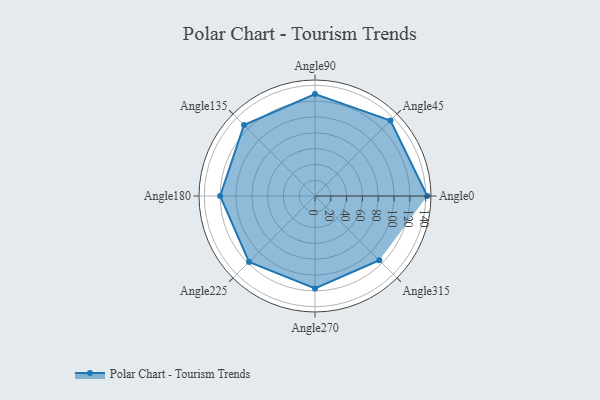
{"axis": {"x": "Angle", "y": "Radius"}, "legend": [""], "data": [{"x": "Angle0", "y": 142.0, "type": ""}, {"x": "Angle45", "y": 135.0, "type": ""}, {"x": "Angle90", "y": 129.0, "type": ""}, {"x": "Angle135", "y": 127.0, "type": ""}, {"x": "Angle180", "y": 120.0, "type": ""}, {"x": "Angle225", "y": 118.0, "type": ""}, {"x": "Angle270", "y": 117.0, "type": ""}, {"x": "Angle315", "y": 115.0, "type": ""}]}